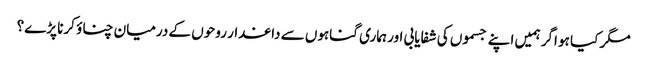
مگر کیا ہو اگر ہمیں اپنے جسموں کی شفایابی اور ہماری گناہوں سے داغدار روحوں کے درمیان چناؤ کرنا پڑے؟